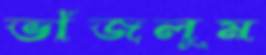
ভাঁজলুম